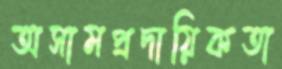
অসামপ্রদায়িকতা